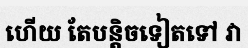
ហើយ តែបន្តិចទៀតទៅ វា